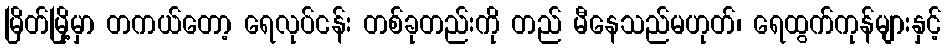
မြိတ်မြို့မှာ တကယ်တော့ ရေလုပ်ငန်း တစ်ခုတည်းကို တည် မီနေသည်မဟုတ်၊ ရေထွက်ကုန်များနှင့်